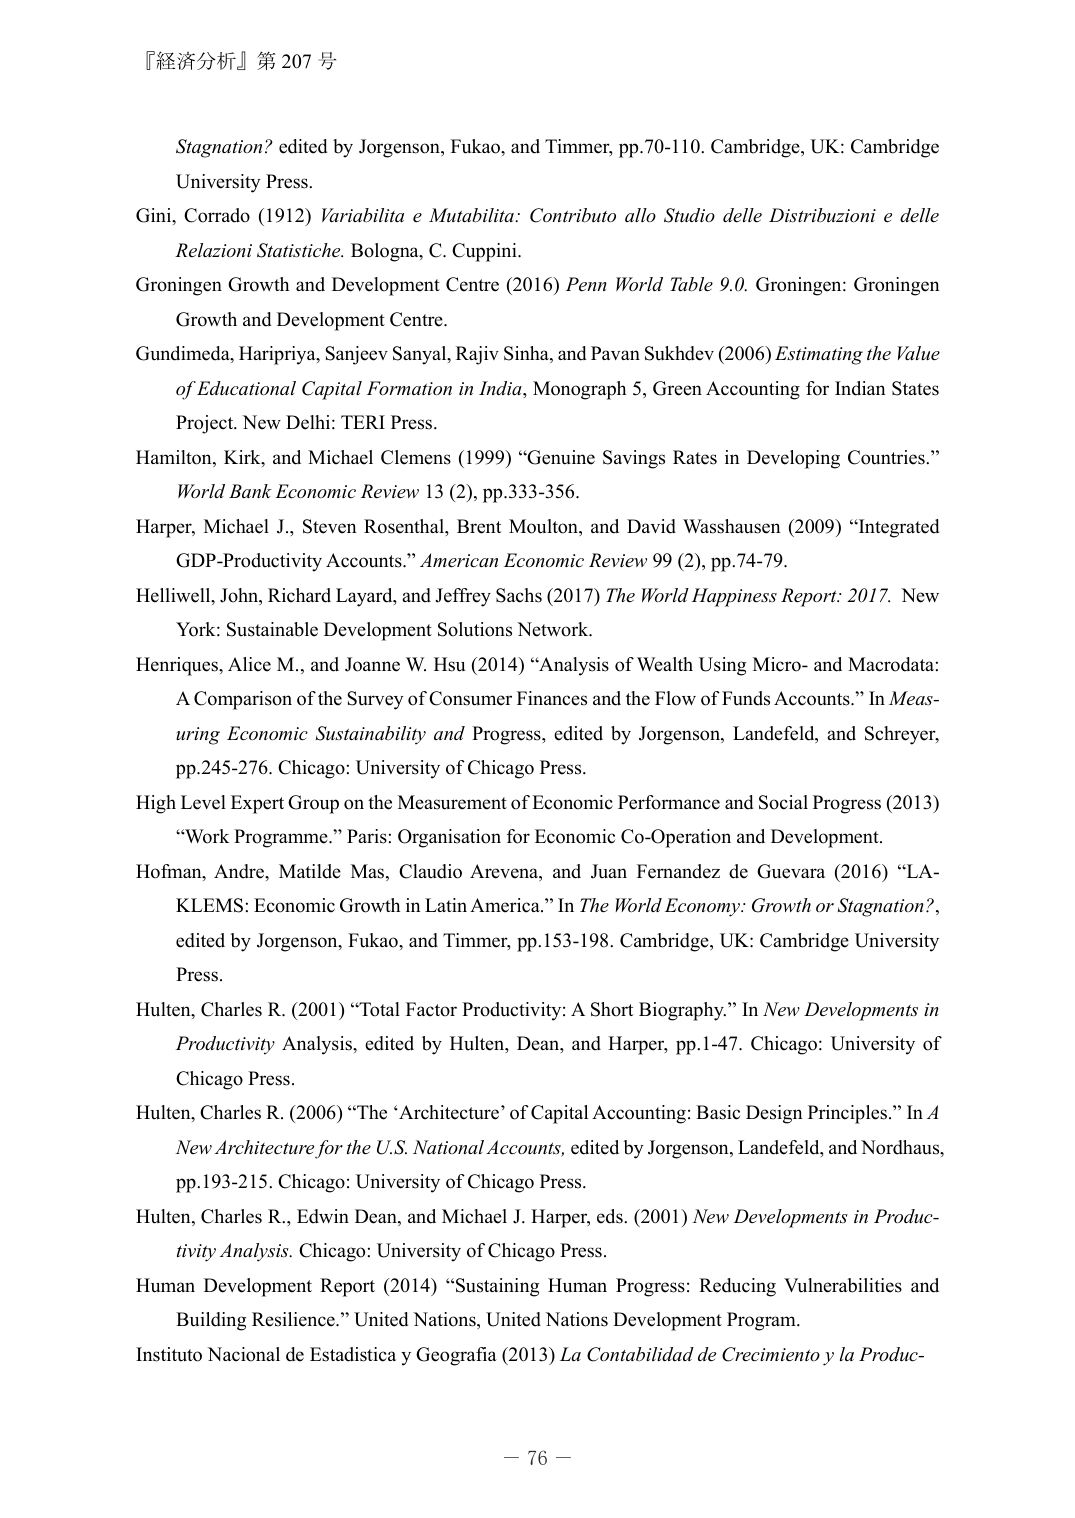
『経済分析』第 207 号

Stagnation? edited by Jorgenson, Fukao, and Timmer, pp.70-110. Cambridge, UK: Cambridge University Press.

Gini, Corrado (1912) Variabilita e Mutabilita: Contributo allo Studio delle Distribuzioni e delle Relazioni Statistiche. Bologna, C. Cuppini.

Groningen Growth and Development Centre (2016) Penn World Table 9.0. Groningen: Groningen Growth and Development Centre.

Gundimeda, Haripriya, Sanjeev Sanyal, Rajiv Sinha, and Pavan Sukhdev (2006) Estimating the Value of Educational Capital Formation in India, Monograph 5, Green Accounting for Indian States Project. New Delhi: TERI Press.

Hamilton, Kirk, and Michael Clemens (1999) “Genuine Savings Rates in Developing Countries.” World Bank Economic Review 13 (2), pp.333-356.

Harper, Michael J., Steven Rosenthal, Brent Moulton, and David Wasshausen (2009) “Integrated GDP-Productivity Accounts.” American Economic Review 99 (2), pp.74-79.

Helliwell, John, Richard Layard, and Jeffrey Sachs (2017) The World Happiness Report: 2017. New York: Sustainable Development Solutions Network.

Henriques, Alice M., and Joanne W. Hsu (2014) “Analysis of Wealth Using Micro- and Macrodata: A Comparison of the Survey of Consumer Finances and the Flow of Funds Accounts.” In Measuring Economic Sustainability and Progress, edited by Jorgenson, Landefeld, and Schreyer, pp.245-276. Chicago: University of Chicago Press.

High Level Expert Group on the Measurement of Economic Performance and Social Progress (2013) “Work Programme.” Paris: Organisation for Economic Co-Operation and Development.

Hofman, Andre, Matilde Mas, Claudio Arevena, and Juan Fernandez de Guevara (2016) “LA-KLEMS: Economic Growth in Latin America.” In The World Economy: Growth or Stagnation?, edited by Jorgenson, Fukao, and Timmer, pp.153-198. Cambridge, UK: Cambridge University Press.

Hulten, Charles R. (2001) “Total Factor Productivity: A Short Biography.” In New Developments in Productivity Analysis, edited by Hulten, Dean, and Harper, pp.1-47. Chicago: University of Chicago Press.

Hulten, Charles R. (2006) “The ‘Architecture’ of Capital Accounting: Basic Design Principles.” In A New Architecture for the U.S. National Accounts, edited by Jorgenson, Landefeld, and Nordhaus, pp.193-215. Chicago: University of Chicago Press.

Hulten, Charles R., Edwin Dean, and Michael J. Harper, eds. (2001) New Developments in Productivity Analysis. Chicago: University of Chicago Press.

Human Development Report (2014) “Sustaining Human Progress: Reducing Vulnerabilities and Building Resilience.” United Nations, United Nations Development Program.

Instituto Nacional de Estadistica y Geografia (2013) La Contabilidad de Crecimiento y la Produc-

－ 76 －